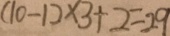
( 1 0 - 1 ) \times 3 + 2 = 2 9